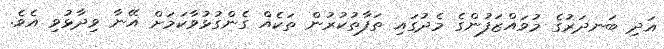
އަދި ބަނދަރުގެ މުވައްޒަފުންގެ މެދުގައި ތަފާތުކުރުން ތަކެއް ގެންގުޅުވާކަމަށް އޭނާ ވިދާޅުވި އެވެ.